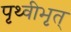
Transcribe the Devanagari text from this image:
पृथ्वीभृत्